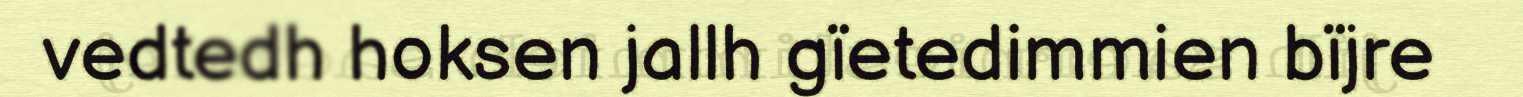
vedtedh hoksen jallh gïetedimmien bïjre